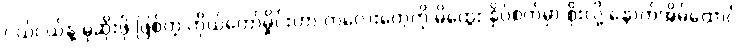
ငယ်ငယ်နဲ့ မုဆိုးဖို ဖြစ်တဲ့ ကိုယ်တော်မှိုင်းဟာ ကလေးတွေကို မိထွေး နှိပ်စက်မှာ စိုးလို့ နောက်အိမ်ထောင်